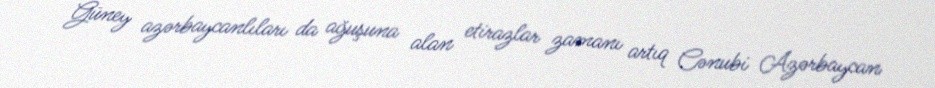
Güney azərbaycanlıları da ağuşuna alan etirazlar zamanı artıq Cənubi Azərbaycan